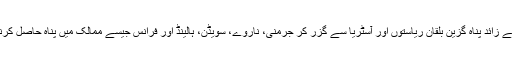
گزشتہ برس گیارہ لاکھ سے زائد پناہ گزین بلقان ریاستوں اور آسٹریا سے گزر کر جرمنی، ناروے، سویڈن، ہالینڈ اور فرانس جیسے ممالک میں پناہ حاصل کرنے کے لیے پہنچے تھے۔